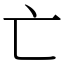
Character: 亡